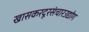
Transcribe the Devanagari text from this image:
खासकरदूरसंचारउद्योग